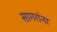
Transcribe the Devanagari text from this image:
सागरांना